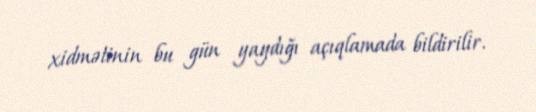
xidmətinin bu gün yaydığı açıqlamada bildirilir.